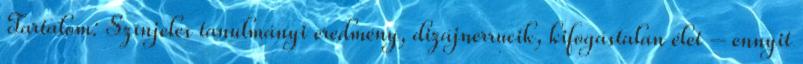
Tartalom: Színjeles tanulmányi eredmény, dizájnerrucik, kifogástalan élet – ennyit